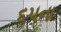
૬૫ના